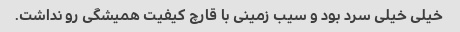
خیلی خیلی سرد بود و سیب زمینی با قارچ کیفیت همیشگی رو نداشت.